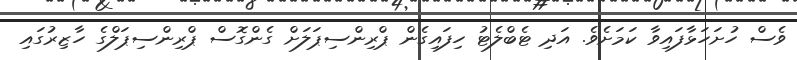
ވެސް ހުށަހަޅާފައިވާ ކަމަށެވެ. އަދި ޓެބްލެޓު ހިފައިގެން ޕްރިންސިޕަލަށް ގެންގޮސް ޕްރިންސިޕަލްގެ ހާޒިރުގައި